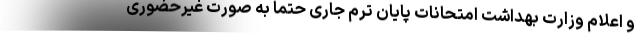
و اعلام وزارت بهداشت امتحانات پایان ترم جاری حتماً به صورت غیرحضوری